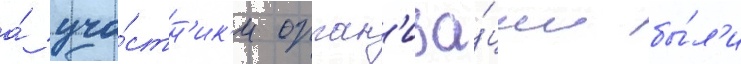
а́ уча́стн'ик'и орган'иза́ции бы́л'и